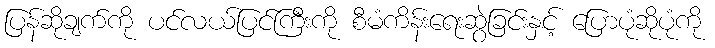
ပြန်ဆိုချက်ကို ပင်လယ်ပြင်ကြီးကို စီမံကိန်းရေးဆွဲခြင်းနှင့် ပြောပုံဆိုပုံကို